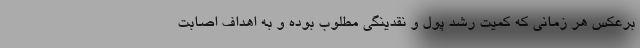
برعکس هر زمانی که کمیت رشد پول و نقدینگی مطلوب بوده و به اهداف اصابت